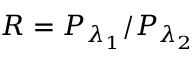
R = P _ { \lambda _ { 1 } } / P _ { \lambda _ { 2 } }